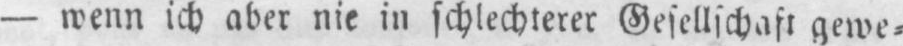
- wenn ich aber nie in schlechterer Gesellschaft gewe⸗